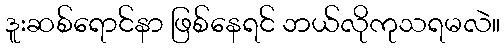
ဒူးဆစ်ရောင်နာ ဖြစ်နေရင် ဘယ်လိုကုသရမလဲ။